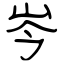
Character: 岑